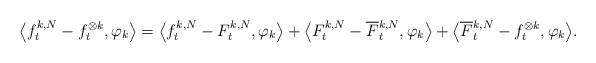
LaTeX: \begin{align*}\label[Ieq]{eq:abstracttheoremsplitting}\big\langle f^{k,N}_t - f_t^{\otimes k} , \varphi_k \big\rangle = \big\langle f^{k,N}_t - F^{k,N}_t , \varphi_k \big\rangle &+ \big\langle F^{k,N}_t - \overline{F}{}^{k,N}_t , \varphi_k \big\rangle + \big\langle \overline{F}{}^{k,N}_t - f_t^{\otimes k} , \varphi_k \big\rangle.\end{align*}